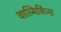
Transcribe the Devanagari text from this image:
वाल्मिकिंना